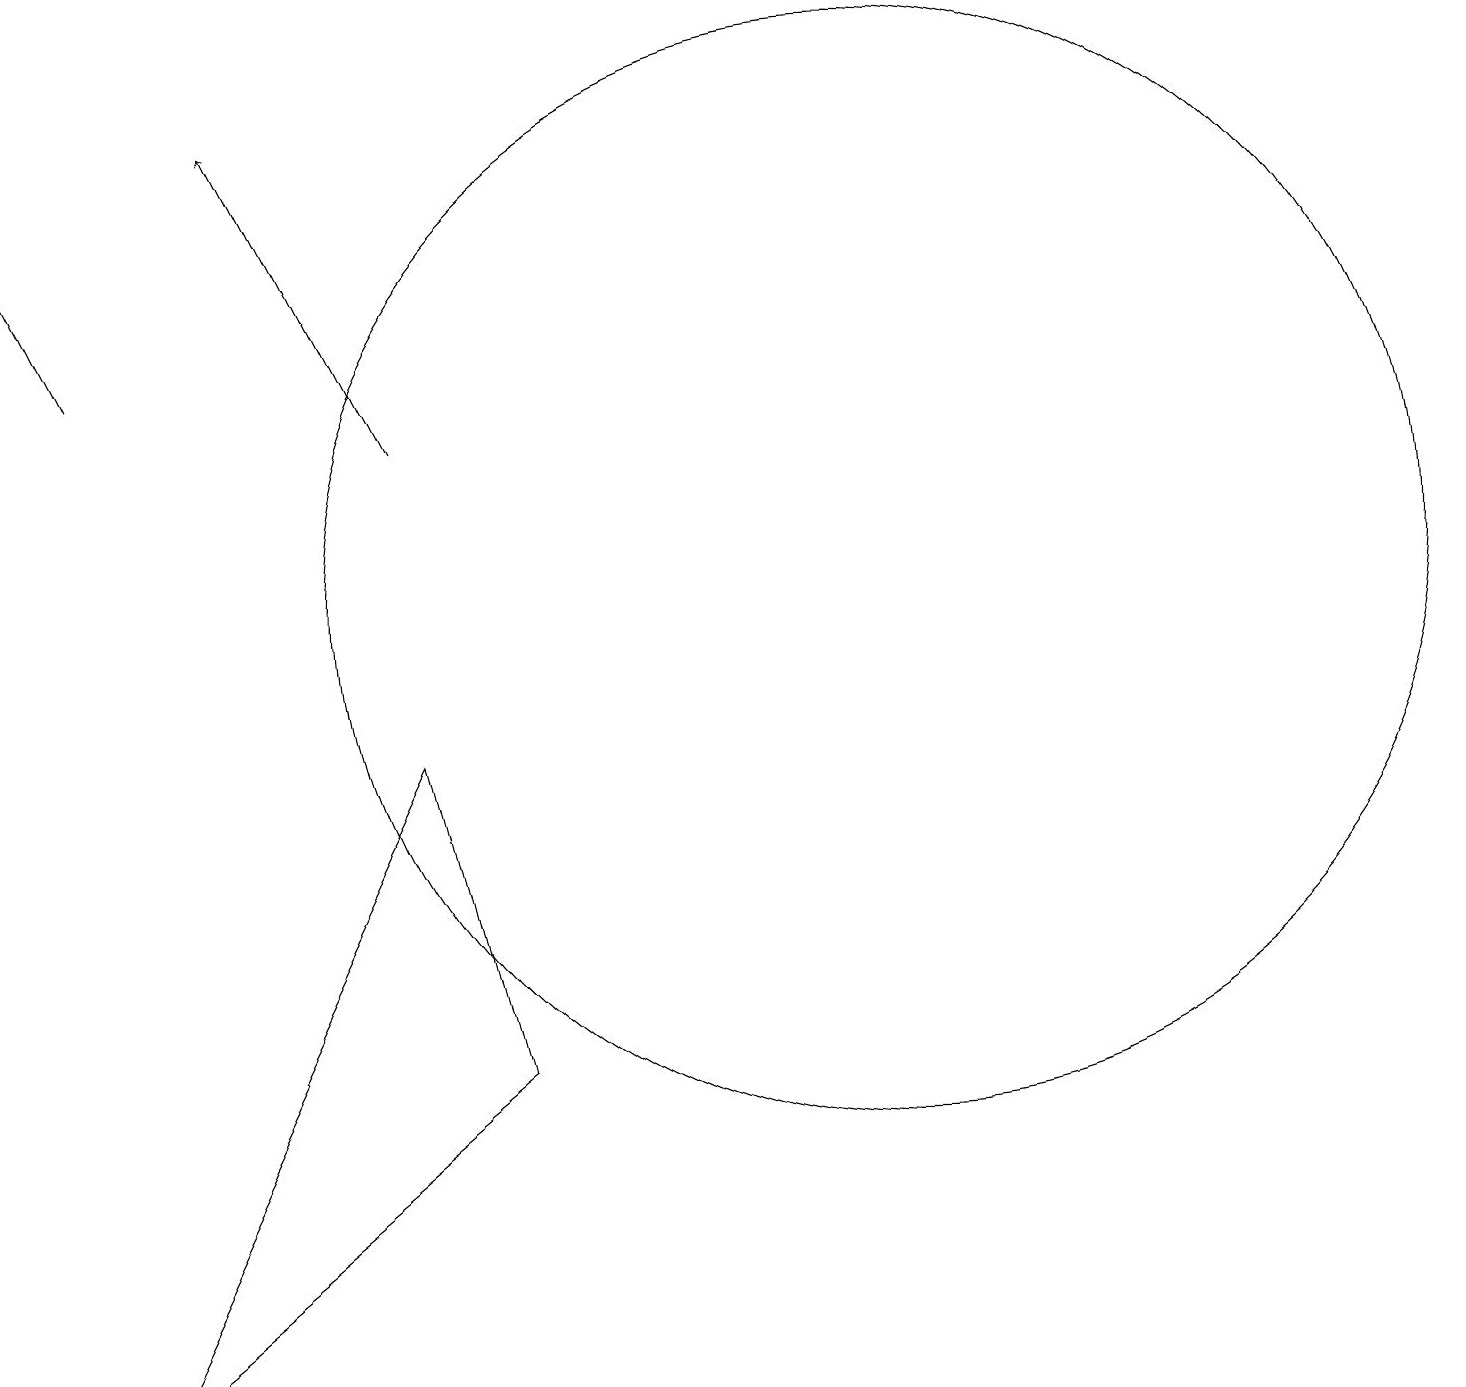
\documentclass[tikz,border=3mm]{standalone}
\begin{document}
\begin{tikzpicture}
\draw[->] (1,14) -- (0,16);
\draw (5,9) -- (1,1) -- (6,5) -- cycle;
\draw (11,11) circle (7);
\draw[->] (5,13) -- (3,17);
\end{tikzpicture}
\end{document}